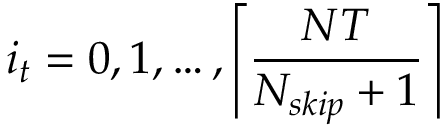
i _ { t } = 0 , 1 , \ldots , \left\lceil \frac { N T } { N _ { s k i p } + 1 } \right\rceil